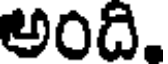
అంది.